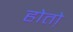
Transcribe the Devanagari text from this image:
होतो़